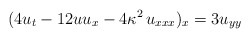
\begin{align*}(4 u_t - 12 u u_x - 4 \kappa^2 \, u_{xxx} )_x = 3 u_{yy}\end{align*}